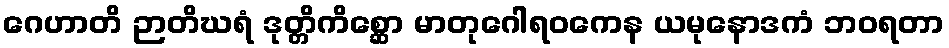
ဂေဟာတိ ဉာတိဃရံ ဒုတ္တိကိစ္ဆော မာတုဂေါရဝကေန ယမုနောဒကံ ဘဝရတာ